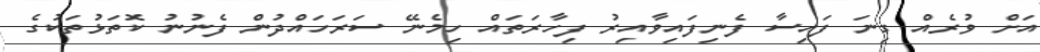
އަށް ވުރެއް ގިނަ ފައިސާ ފެނިފައިވާއިރު ފިހާރަތައް ހިމެނޭ ސަރަހައްދުން ފެނުނު ކޮތަޅުތަކުގެ